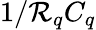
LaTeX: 1/\mathcal{R}_{q}C_{q}